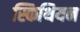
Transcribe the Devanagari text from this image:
स्किथियन